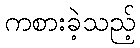
ကစားခဲ့သည့်